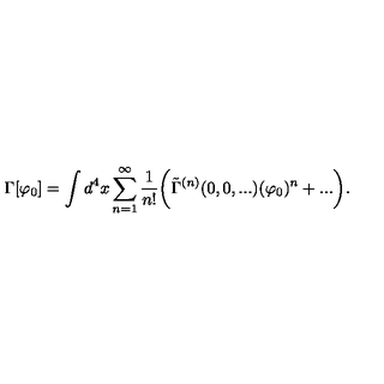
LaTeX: \Gamma [ \varphi _ { 0 } ] = \int d ^ { 4 } x \sum _ { n = 1 } ^ { \infty } \frac { 1 } { n ! } \biggr ( \tilde { \Gamma } ^ { ( n ) } ( 0 , 0 , . . . ) ( \varphi _ { 0 } ) ^ { n } + . . . \biggr ) .